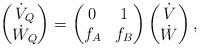
LaTeX: \begin{align*}\begin{pmatrix}\dot{V}_{Q}\\\dot{W}_{Q}\end{pmatrix}=\begin{pmatrix}0 & 1\\f_{A} & f_{B}\end{pmatrix}\begin{pmatrix}\dot{V}\\\dot{W}\end{pmatrix},\end{align*}